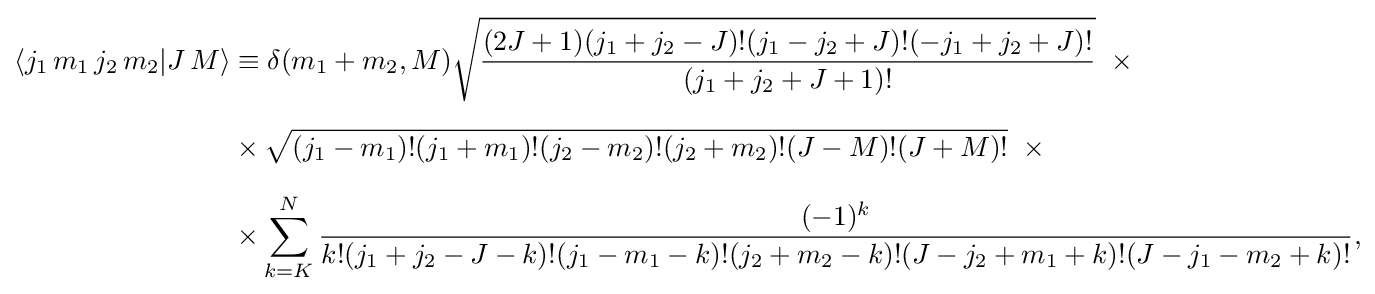
{\begin{aligned}\langle j_{1}\,m_{1}\,j_{2}\,m_{2}|J\,M\rangle &\equiv \delta (m_{1}+m_{2},M){\sqrt {\frac {(2J+1)(j_{1}+j_{2}-J)!(j_{1}-j_{2}+J)!(-j_{1}+j_{2}+J)!}{(j_{1}+j_{2}+J+1)!}}}\ \times {}\\[6pt]&\times {\sqrt {(j_{1}-m_{1})!(j_{1}+m_{1})!(j_{2}-m_{2})!(j_{2}+m_{2})!(J-M)!(J+M)!}}\ \times {}\\[6pt]&\times \sum _{k=K}^{N}{\frac {(-1)^{k}}{k!(j_{1}+j_{2}-J-k)!(j_{1}-m_{1}-k)!(j_{2}+m_{2}-k)!(J-j_{2}+m_{1}+k)!(J-j_{1}-m_{2}+k)!}},\end{aligned}}